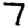
Digit: 7